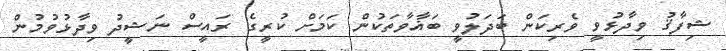
ޝިފާޤު ވިދާޅުވީ ވެރިކަން ބަދަލުވީ ބަޣާވާތަކުން ކަމަށް ކުރީގެ ރައީސް ނަޝީދު ވިދާޅުވުމުން